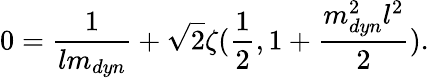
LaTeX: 0=\frac{1}{lm_{dyn}}+\sqrt{2}\zeta(\frac{1}{2},1+\frac{m_{dyn}^{2}l^{2}}{2}).